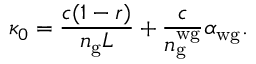
\kappa _ { 0 } = \frac { c ( 1 - r ) } { n _ { \mathrm { g } } L } + \frac { c } { n _ { \mathrm { g } } ^ { \mathrm { w g } } } \alpha _ { \mathrm { w g } } .